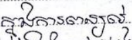
ក្នុងការពន្យល់